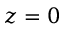
z = 0